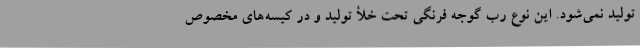
تولید نمی‌شود. این نوع رب گوجه فرنگی تحت خلأ تولید و در کیسه‌های مخصوص